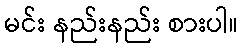
မင်း နည်းနည်း စားပါ။